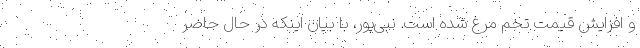
و افزایش قیمت تخم مرغ شده است. نبی‌پور، با بیان اینکه در حال حاضر